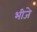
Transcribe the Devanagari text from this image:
भीजे